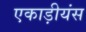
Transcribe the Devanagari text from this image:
एकाड़ीयंस